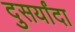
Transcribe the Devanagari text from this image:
दुसर्यांदा